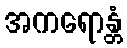
အကရောန္တံ